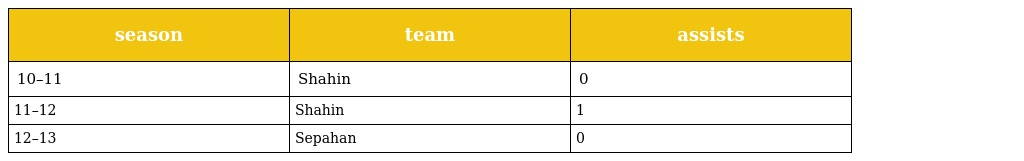
| season | team | assists |
 | --- | --- | --- |
 | 10–11 | Shahin | 0 |
 | 11–12 | Shahin | 1 |
 | 12–13 | Sepahan | 0 |